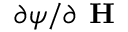
\partial \psi / \partial \textbf { H }